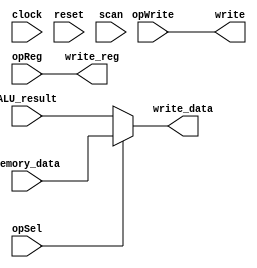
/** @module : writeback_unit
 *  @author : Adaptive & Secure Computing Systems (ASCS) Laboratory

 *  Copyright (c) 2021 STAM Center (ASCS Lab/CAES Lab/STAM Center/ASU)
 *  Permission is hereby granted, free of charge, to any person obtaining a copy
 *  of this software and associated documentation files (the "Software"), to deal
 *  in the Software without restriction, including without limitation the rights
 *  to use, copy, modify, merge, publish, distribute, sublicense, and/or sell
 *  copies of the Software, and to permit persons to whom the Software is
 *  furnished to do so, subject to the following conditions:
 *  The above copyright notice and this permission notice shall be included in
 *  all copies or substantial portions of the Software.

 *  THE SOFTWARE IS PROVIDED "AS IS", WITHOUT WARRANTY OF ANY KIND, EXPRESS OR
 *  IMPLIED, INCLUDING BUT NOT LIMITED TO THE WARRANTIES OF MERCHANTABILITY,
 *  FITNESS FOR A PARTICULAR PURPOSE AND NONINFRINGEMENT. IN NO EVENT SHALL THE
 *  AUTHORS OR COPYRIGHT HOLDERS BE LIABLE FOR ANY CLAIM, DAMAGES OR OTHER
 *  LIABILITY, WHETHER IN AN ACTION OF CONTRACT, TORT OR OTHERWISE, ARISING FROM,
 *  OUT OF OR IN CONNECTION WITH THE SOFTWARE OR THE USE OR OTHER DEALINGS IN
 *  THE SOFTWARE.
 */

module writeback_unit #(
  parameter CORE = 0,
  parameter DATA_WIDTH = 32,
  parameter SCAN_CYCLES_MIN = 0,
  parameter SCAN_CYCLES_MAX = 1000
) (
  input clock,
  input reset,

  input opWrite,
  input opSel,
  input [4:0] opReg,
  input [DATA_WIDTH-1:0] ALU_result,
  input [DATA_WIDTH-1:0] memory_data,

  output write,
  output [4:0] write_reg,
  output [DATA_WIDTH-1:0] write_data,

  input scan

);

assign write_data = opSel? memory_data : ALU_result;
assign write_reg  = opReg;
assign write      = opWrite;

reg [31: 0] cycles;
always @ (posedge clock) begin
  cycles <= reset? 0 : cycles + 1;
  if (scan  & ((cycles >= SCAN_CYCLES_MIN) & (cycles <= SCAN_CYCLES_MAX)) )begin
    $display ("------ Core %d Writeback Unit - Current Cycle %d ----", CORE, cycles);
    $display ("| opSel       [%b]", opSel);
    $display ("| opReg       [%b]", opReg);
    $display ("| ALU_result  [%d]", ALU_result);
    $display ("| Memory_data [%d]", memory_data);
    $display ("| write       [%b]", write);
    $display ("| write_reg   [%d]", write_reg);
    $display ("| write_data  [%d]", write_data);
    $display ("----------------------------------------------------------------------");
  end
end

endmodule